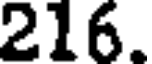
216.